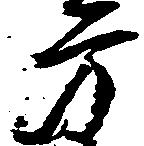
方